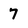
Character: 7